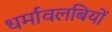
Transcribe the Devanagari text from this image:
धर्मावलबियों